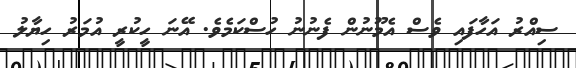
ސިއްރު އަހާފައި ވެސް އެމޫނުން ފެނުނު ހުސްކަމެވެ. އޭނަ ހީކުރީ އުމަރު ހިޔާލު